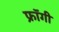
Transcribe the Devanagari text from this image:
फ्रॉगी